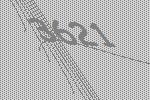
3621